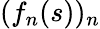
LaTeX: (f_{n}(s))_{n}